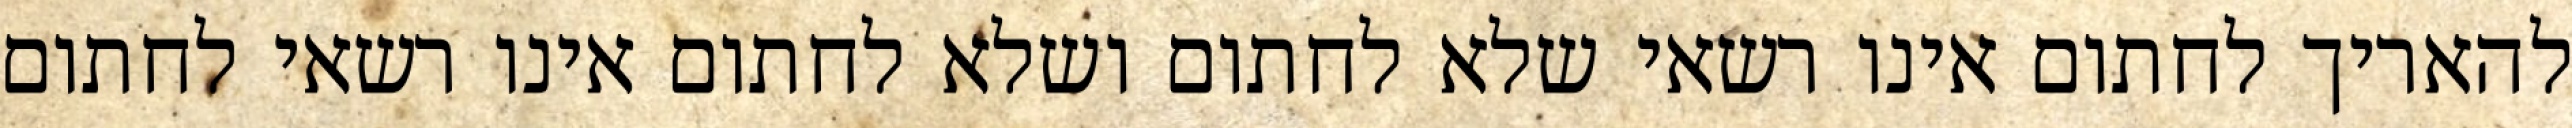
להאריך לחתום אינו רשאי שלא לחתום ושלא לחתום אינו רשאי לחתום